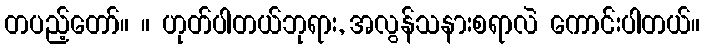
တပည့်တော်။ ။ ဟုတ်ပါတယ်ဘုရား, အလွန်သနားစရာလဲ ကောင်းပါတယ်။